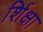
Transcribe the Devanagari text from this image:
र्शिक्षा